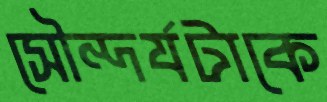
সৌন্দর্যটাকে